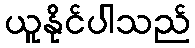
ယူနိုင်ပါသည်